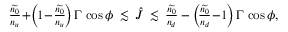
\begin{array} { r } { \frac { \widetilde { n _ { 0 } } } { n _ { u } } \! + \! \left( \! 1 \! - \! \frac { \widetilde { n _ { 0 } } } { n _ { u } } \! \right) \Gamma \, \cos \phi \: \lesssim \: \hat { J } \: \lesssim \: \frac { \widetilde { n _ { 0 } } } { n _ { d } } - \left( \! \frac { \widetilde { n _ { 0 } } } { n _ { d } } \! - \! 1 \! \right) \Gamma \, \cos \phi , } \end{array}